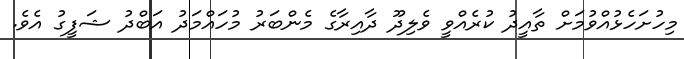
މިހުށަހެޅުއްވުމަށް ތާއީދު ކުރެއްވީ ވެލިދޫ ދާއިރާގެ މެންބަރު މުހައްމަދު އަބްދު ޝަފީގު އެވެ.